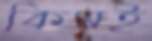
কিমই